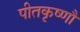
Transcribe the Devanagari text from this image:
पीतकृष्णौ